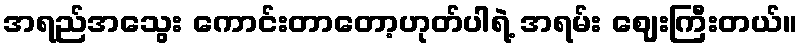
အရည်အသွေး ကောင်းတာတော့ဟုတ်ပါရဲ့ အရမ်း ဈေးကြီးတယ်။